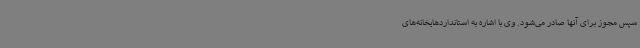
سپس مجوز برای آنها صادر می‌شود. وی با اشاره به استانداردهایخانه‌های